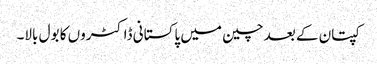
کپتان کے بعد چین میں پاکستانی ڈاکٹروں کا بول بالا۔